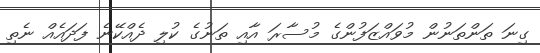
ގިނަ ތަންތަނުން މުވައްޒަފުންގެ މުސާރަ އާއި ތަނުގެ ކުލި ދެއްކޭނެ ފަދައެއް ނެތި